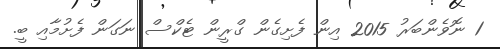
1 ނޮވެންބަރު 2015 އިން ފެށިގެން ގްރީން ޓެކްސް ނަގަން ފެށުމާއި ބީ.